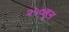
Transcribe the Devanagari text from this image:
२५०हून